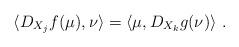
LaTeX: \begin{align*} \langle D_{X_j}f(\mu),\nu \rangle = \langle \mu,D_{X_k}g(\nu) \rangle~.\end{align*}